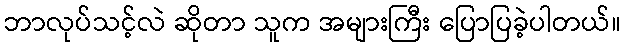
ဘာလုပ်သင့်လဲ ဆိုတာ သူက အများကြီး ပြောပြခဲ့ပါတယ်။